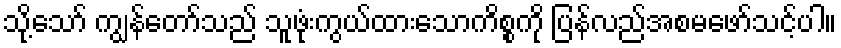
သို့သော် ကျွန်တော်သည် သူဖုံးကွယ်ထားသောကိစ္စကို ပြန်လည်အစမဖော်သင့်ပါ။